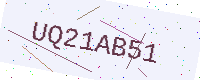
Text: UQ21AB51